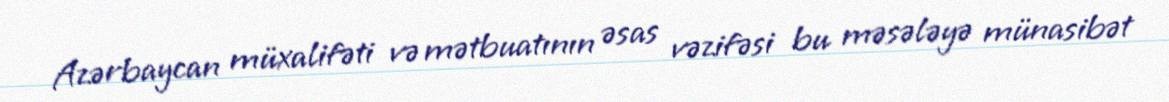
Azərbaycan müxalifəti və mətbuatının əsas vəzifəsi bu məsələyə münasibət